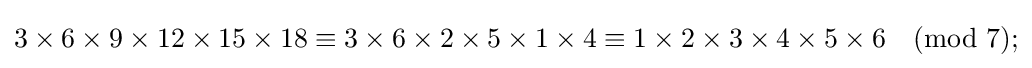
3\times 6\times 9\times 12\times 15\times 18\equiv 3\times 6\times 2\times 5\times 1\times 4\equiv 1\times 2\times 3\times 4\times 5\times 6{\pmod {7}};